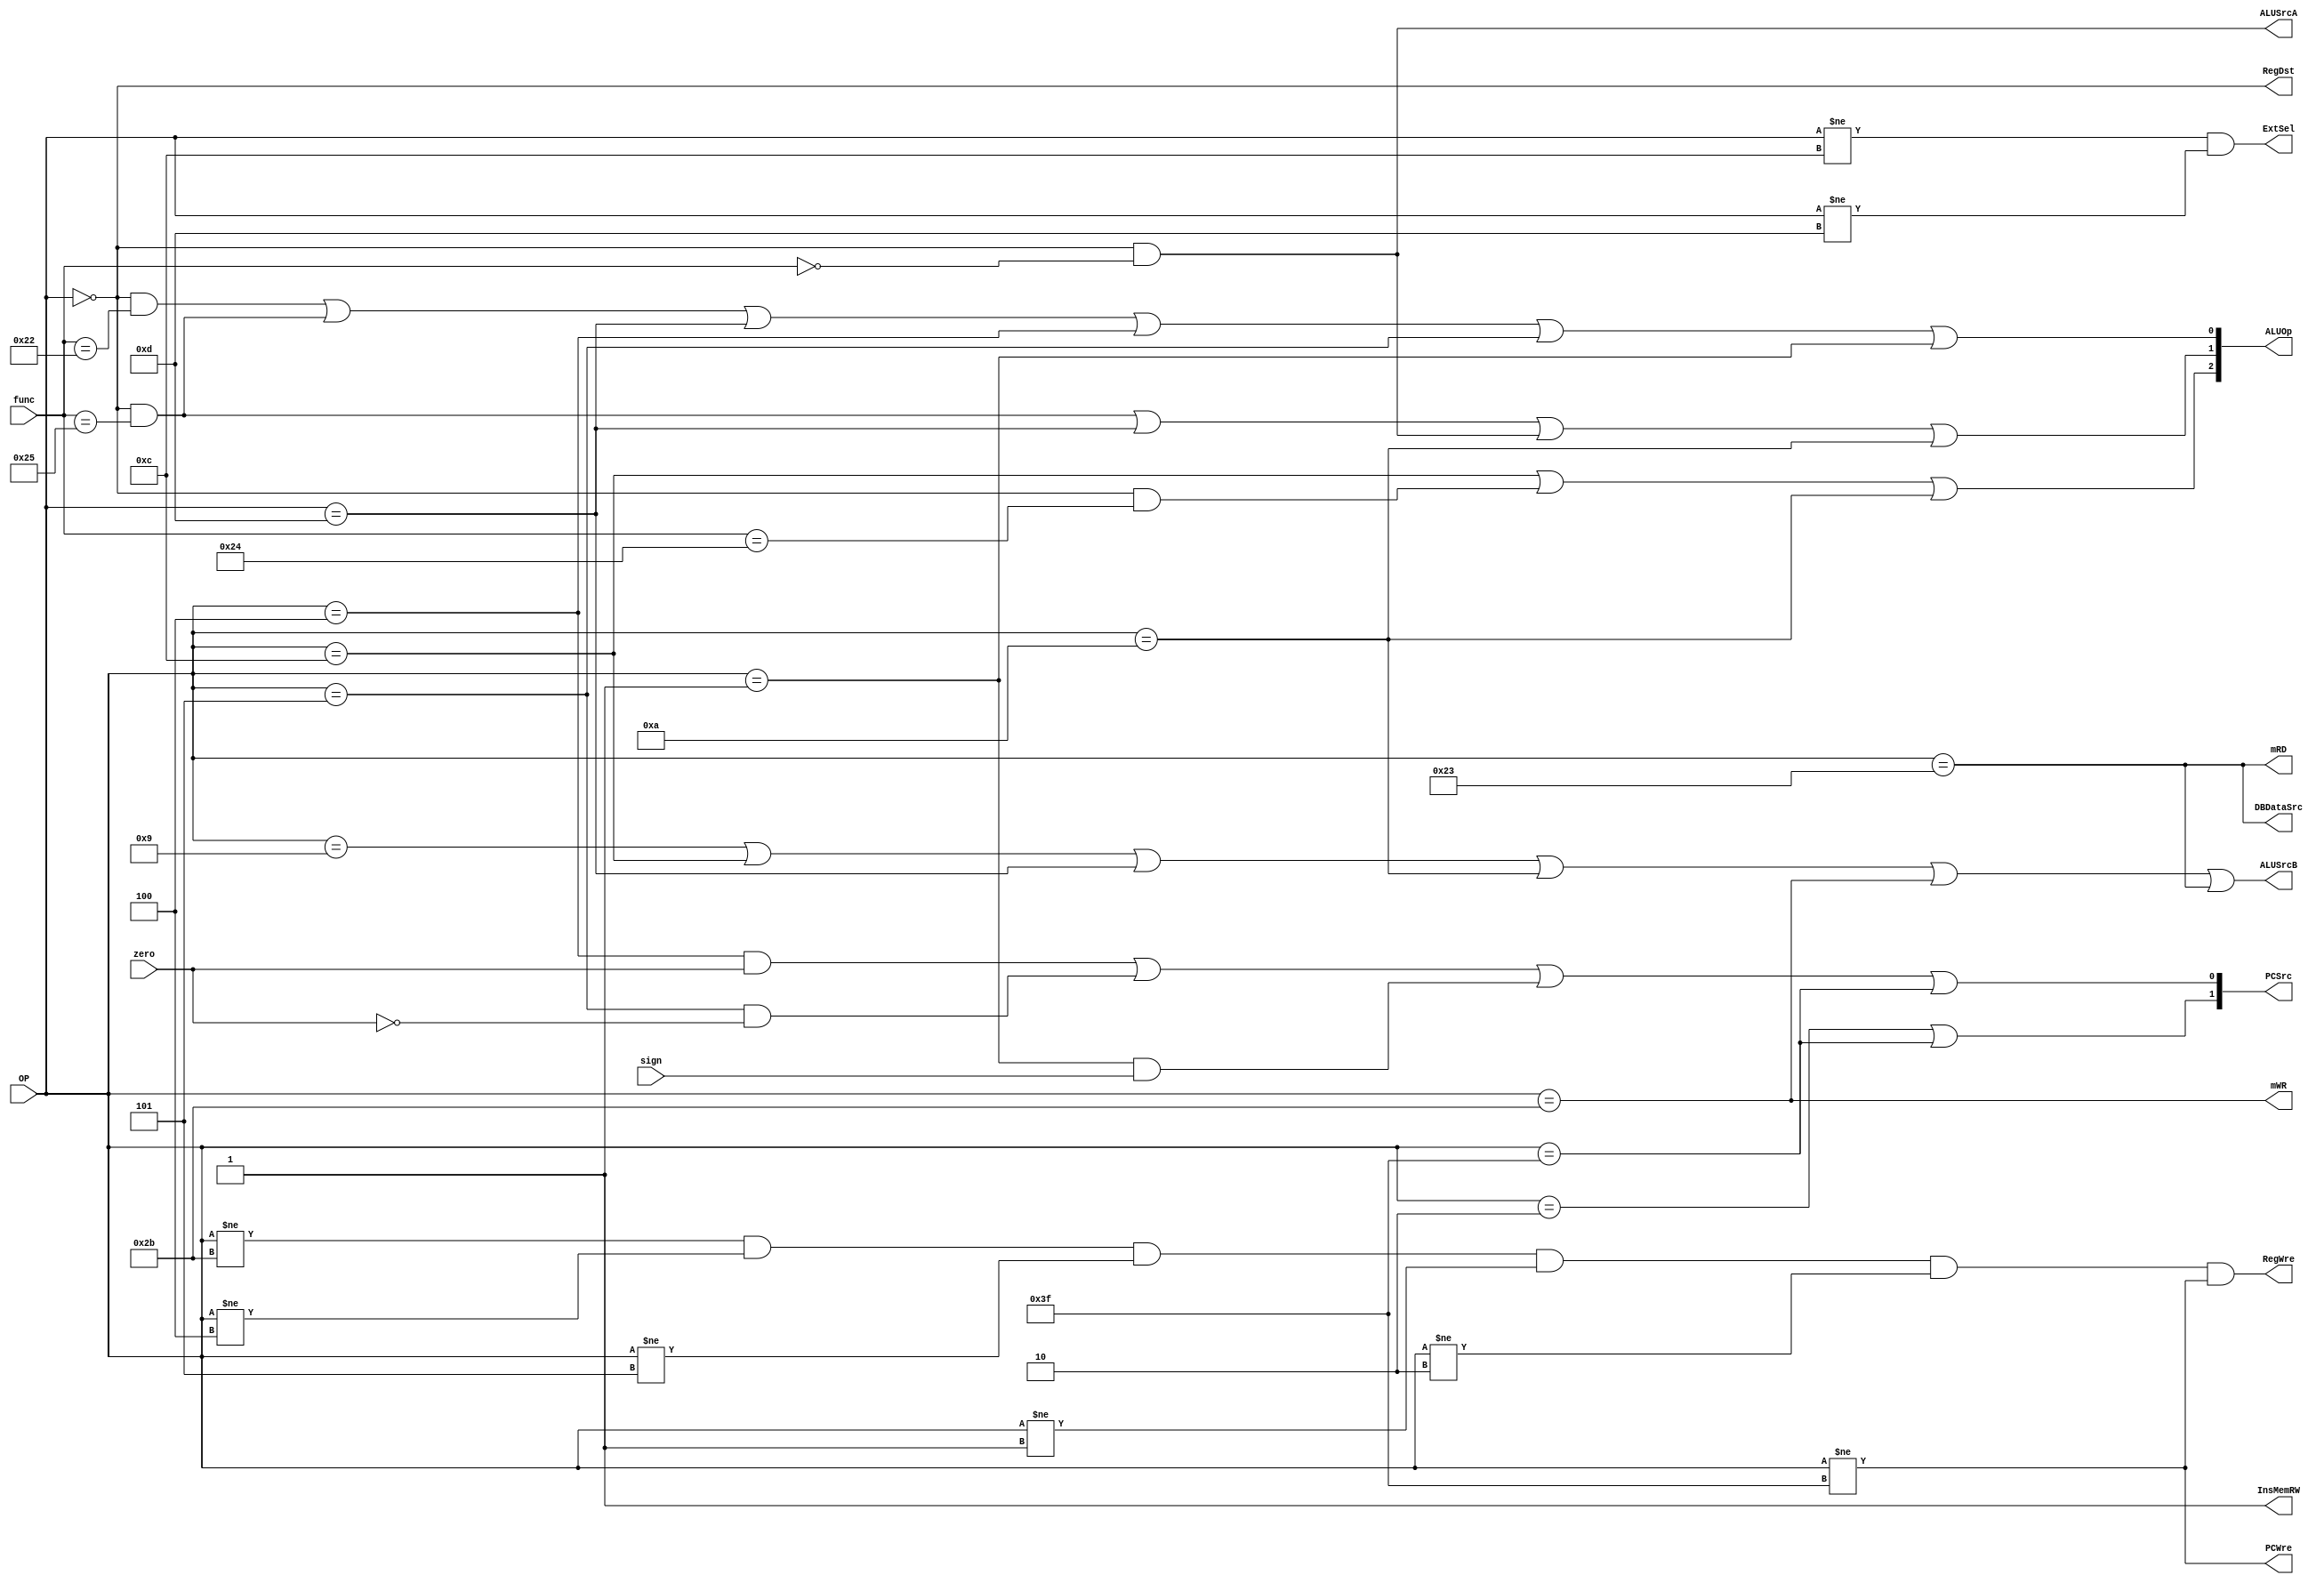
`timescale 1ns / 1ns
module controlUnit(
	output PCWre,
    output ALUSrcA,
    output ALUSrcB,
    output DBDataSrc,
    output RegWre,
    output InsMemRW,
    output mRD,
    output mWR,
    output RegDst,
    output ExtSel,
    output[2:0] ALUOp,
    output[1:0] PCSrc,
    input zero,
    input[5:0] OP,
    input[5:0] func,
    input sign 
    );	
    parameter Rtype=6'b000000, addiu=6'b001001, andi=6'b001100, ori=6'b001101, slti=6'b001010, sw=6'b101011, lw=6'b100011, beq=6'b000100, bne=6'b000101, bltz=6'b000001, j=6'b000010, halt=6'b111111;
    parameter add=6'b100000, sub=6'b100010, and_=6'b100100, or_=6'b100101, sll=6'b000000;
    
    assign PCWre=(OP!=halt);
    assign ALUSrcA=(OP==Rtype&&func==sll);
    assign ALUSrcB=(OP==addiu||OP==andi||OP==ori||OP==slti||OP==sw||OP==lw);
    assign DBDataSrc=(OP==lw);
    assign RegWre=( OP!=sw && OP!=beq && OP!=bne && OP!=bltz && OP!=j && OP!=halt);
    assign InsMemRW=1;
    assign mRD=(OP==lw);
    assign mWR=(OP==sw);
    assign RegDst=(OP==Rtype);
    assign ExtSel=(OP!=andi&&OP!=ori);
    assign ALUOp[0]=(OP==Rtype&&func==sub||OP==Rtype&&func==or_||OP==ori||OP==beq||OP==bne||OP==bltz);
    assign ALUOp[1]=(OP==Rtype&&func==or_||OP==ori||OP==Rtype&&func==sll||OP==slti);
    assign ALUOp[2]=(OP==andi||OP==Rtype&&func==and_||OP==slti);
    assign PCSrc[0]=(OP==beq&&zero==1||OP==bne&&zero==0||OP==bltz&&sign==1||OP==halt);
    assign PCSrc[1]=(OP==j||OP==halt);
endmodule